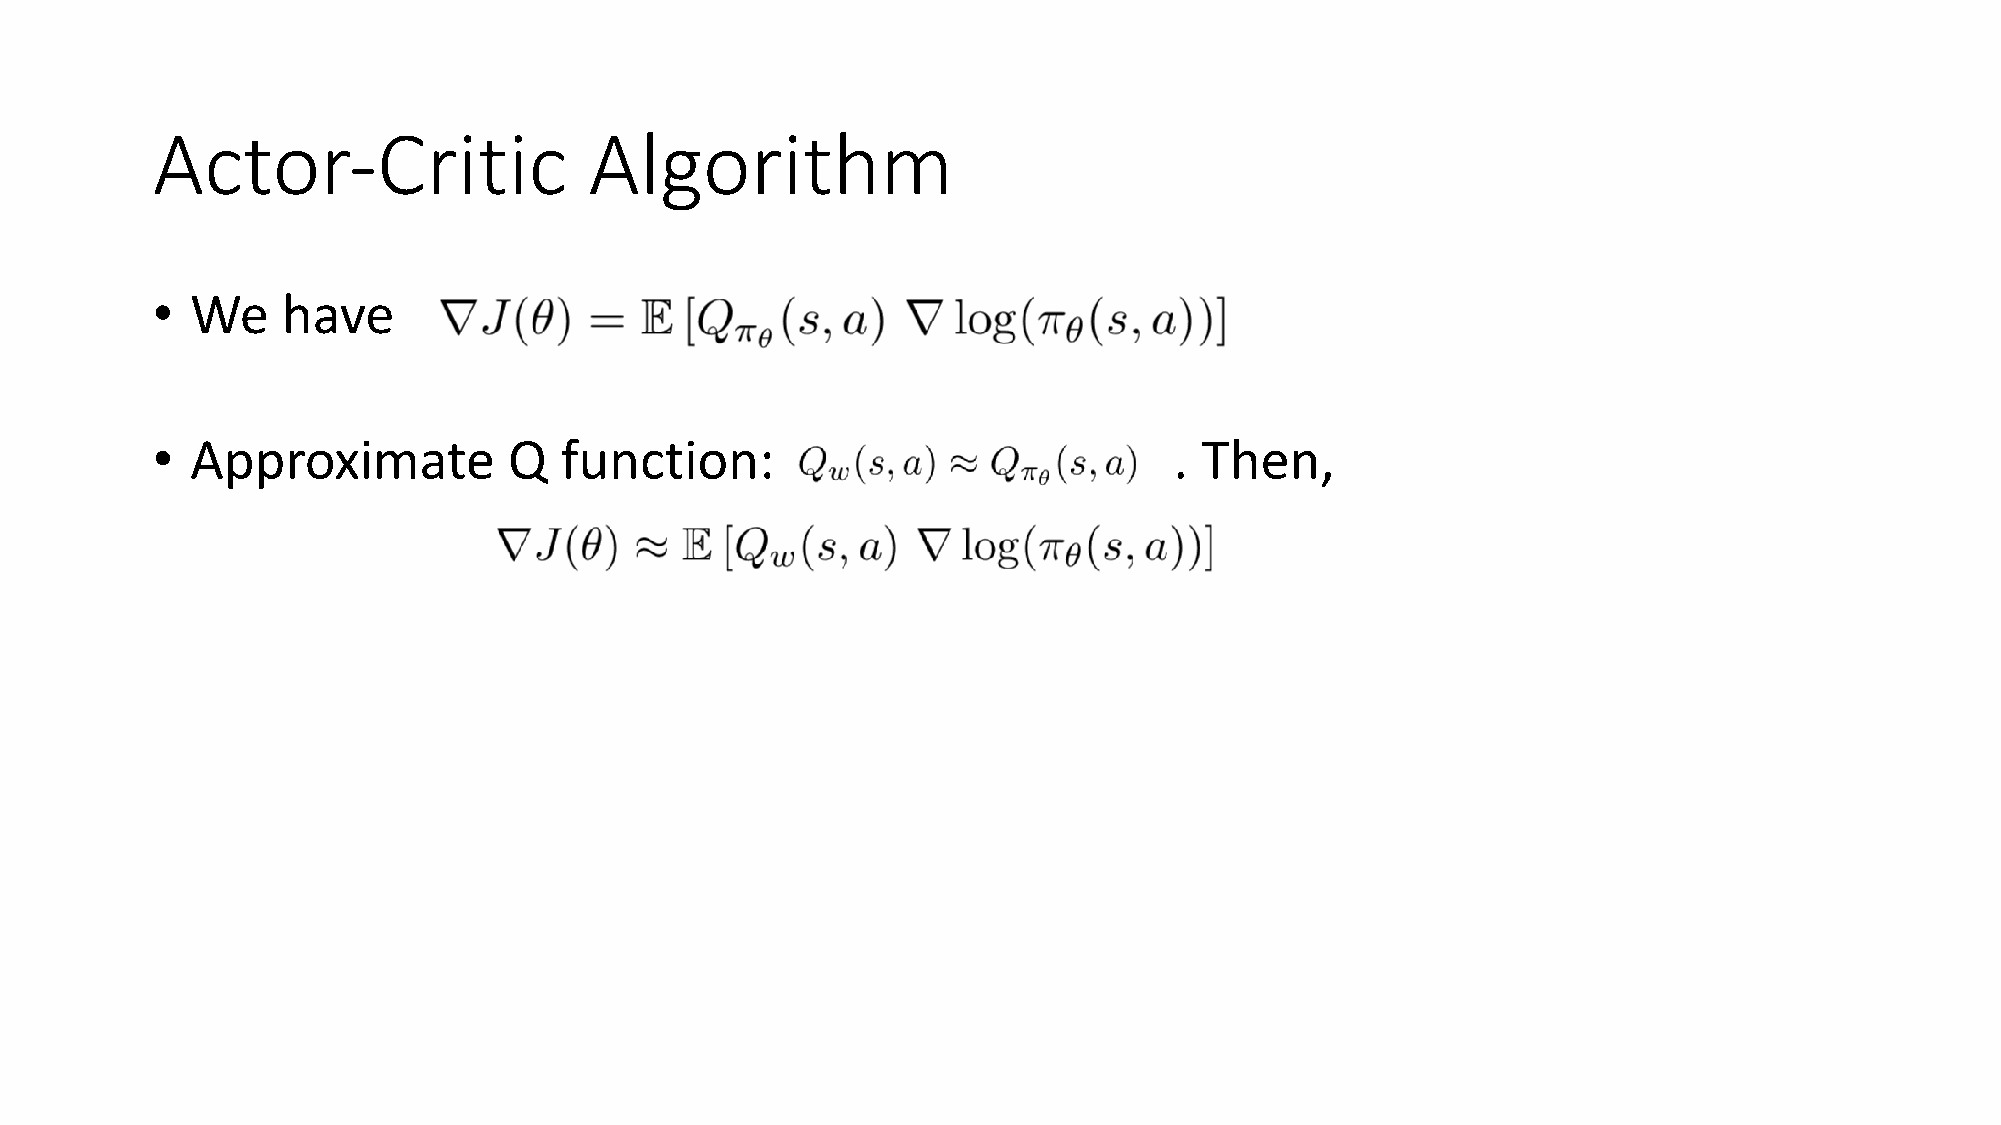
Actor-Critic                 Algorithm
 •  We    have
 •  Approximate          Q  function:                                . Then,